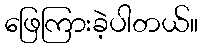
ဖြေကြားခဲ့ပါတယ်။